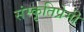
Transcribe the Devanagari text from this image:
संस्कृतिप्रेमी